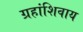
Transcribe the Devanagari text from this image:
ग्रहांशिवाय